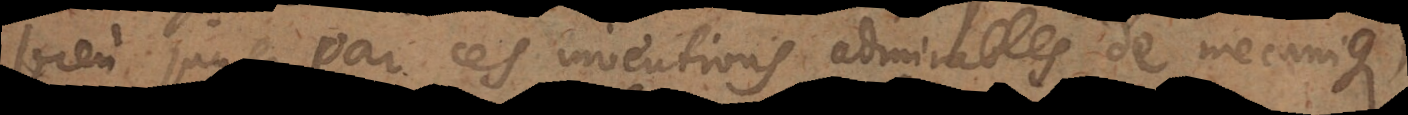
juger par ces inventions admirables de mecaniqu